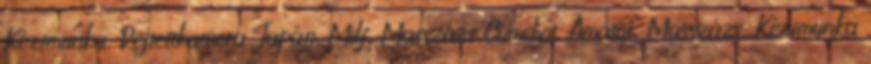
Kézimunka, Rejtettkamera Japán, Milf, Masszázs Cumshot, Amatõr, Masszázs, Kézimunka